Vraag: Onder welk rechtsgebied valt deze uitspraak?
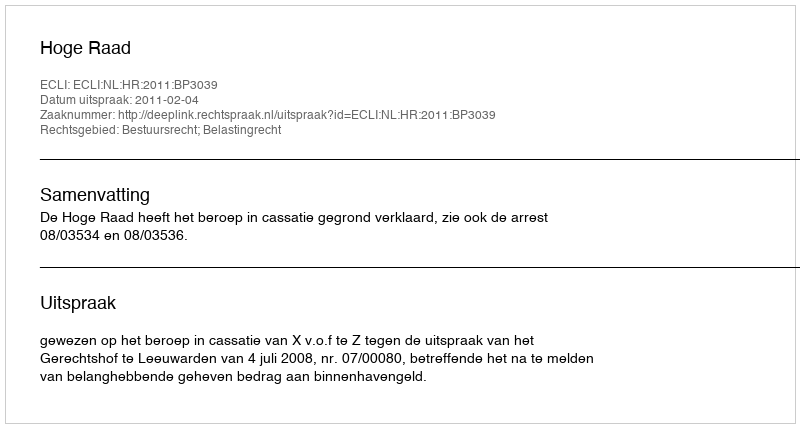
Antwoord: Bestuursrecht; Belastingrecht